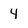
Character: 4